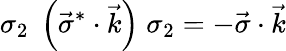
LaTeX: \sigma_{2}\; \left({\vec{\sigma}}^{*}\cdot{\vec{k}}\right)\; \sigma_{2}=-{\vec{\sigma}}\cdot{\vec{k}}